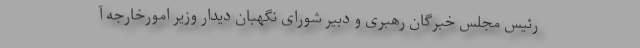
رئیس مجلس خبرگان رهبری و دبیر شورای نگهبان دیدار وزیر امورخارجه آ